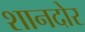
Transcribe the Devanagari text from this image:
शानदोर